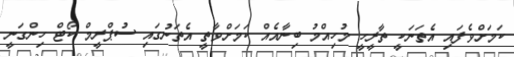
ކަމަށްވެފައި އެތަނަކީ ތާރީހީ މުހިއްމު ބިނާއެއް ކަމަށްވާތީ އެތަނުގައި ސުޕްރީމް ކޯޓް ހިންގަނީ